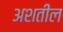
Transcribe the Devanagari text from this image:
अशतील